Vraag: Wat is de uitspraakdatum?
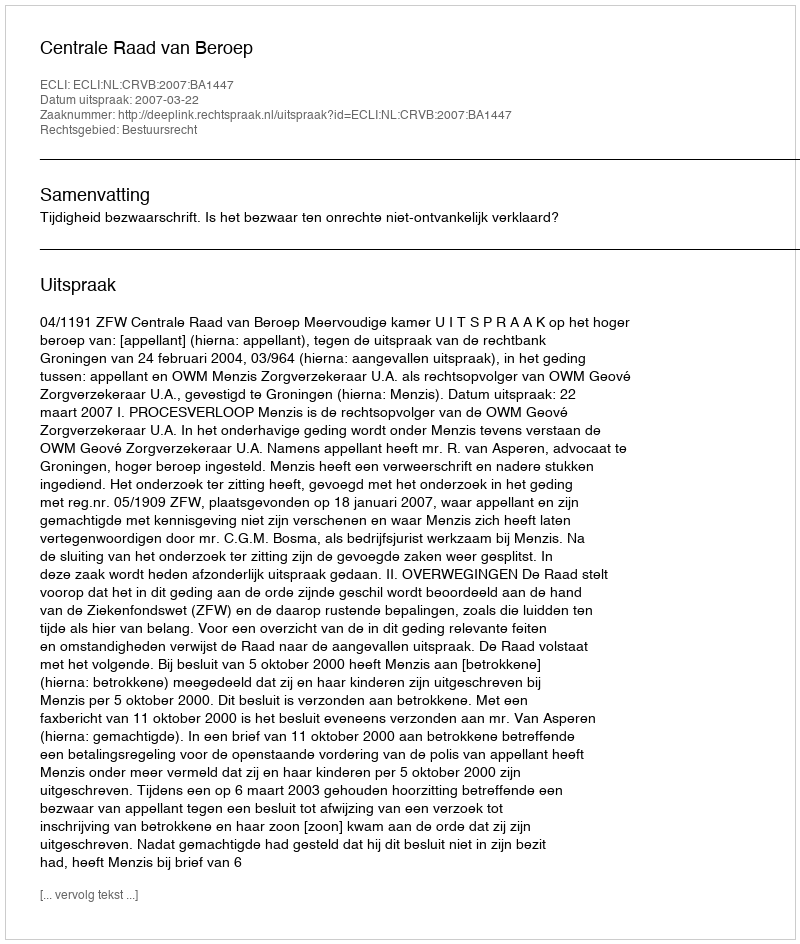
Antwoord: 2007-03-22